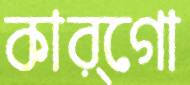
কার্গো